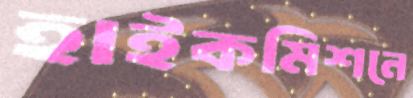
হাইকমিশনে